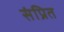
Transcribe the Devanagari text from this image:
संप्रित